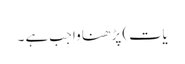
یَات) پڑھنا واجِب ہے ۔